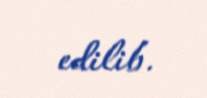
edilib.